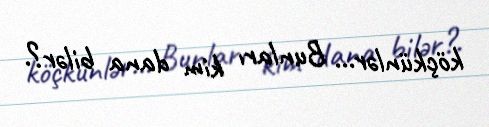
köçkünlər... Bunları kim dana bilər?.